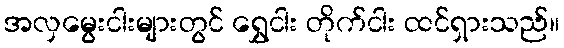
အလှမွေးငါးများတွင် ရွှေငါး တိုက်ငါး ထင်ရှားသည်။